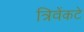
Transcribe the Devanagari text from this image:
त्रिवेंकटे